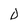
Character: D